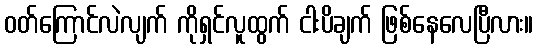
ဝတ်ကြောင်လဲလျက် ကိုရှင်လူထွက် ငါးပိချက် ဖြစ်နေလေပြီလား။